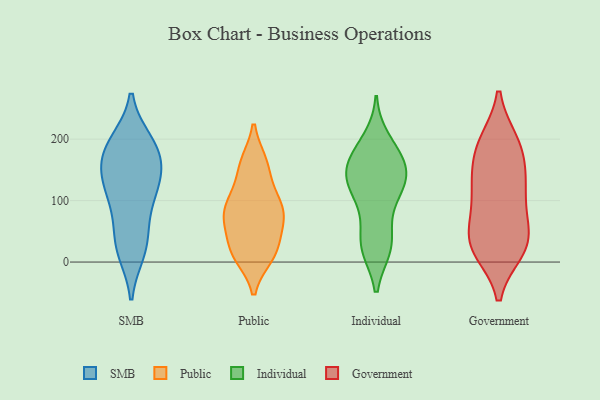
{"axis": {"x": "Conversion Rate (%)", "y": "Value"}, "legend": ["Government", "Individual", "Public", "SMB"], "data": [{"x": "", "y": 118, "type": "SMB"}, {"x": "", "y": 18, "type": "SMB"}, {"x": "", "y": 148, "type": "SMB"}, {"x": "", "y": 119, "type": "SMB"}, {"x": "", "y": 154, "type": "SMB"}, {"x": "", "y": 26, "type": "SMB"}, {"x": "", "y": 191, "type": "SMB"}, {"x": "", "y": 29, "type": "SMB"}, {"x": "", "y": 69, "type": "SMB"}, {"x": "", "y": 144, "type": "SMB"}, {"x": "", "y": 101, "type": "SMB"}, {"x": "", "y": 186, "type": "SMB"}, {"x": "", "y": 183, "type": "SMB"}, {"x": "", "y": 195, "type": "SMB"}, {"x": "", "y": 10, "type": "Public"}, {"x": "", "y": 14, "type": "Public"}, {"x": "", "y": 19, "type": "Public"}, {"x": "", "y": 117, "type": "Public"}, {"x": "", "y": 69, "type": "Public"}, {"x": "", "y": 90, "type": "Public"}, {"x": "", "y": 77, "type": "Public"}, {"x": "", "y": 87, "type": "Public"}, {"x": "", "y": 160, "type": "Public"}, {"x": "", "y": 75, "type": "Public"}, {"x": "", "y": 52, "type": "Public"}, {"x": "", "y": 75, "type": "Public"}, {"x": "", "y": 161, "type": "Public"}, {"x": "", "y": 23, "type": "Public"}, {"x": "", "y": 12, "type": "Public"}, {"x": "", "y": 160, "type": "Public"}, {"x": "", "y": 111, "type": "Public"}, {"x": "", "y": 25, "type": "Individual"}, {"x": "", "y": 119, "type": "Individual"}, {"x": "", "y": 33, "type": "Individual"}, {"x": "", "y": 165, "type": "Individual"}, {"x": "", "y": 78, "type": "Individual"}, {"x": "", "y": 112, "type": "Individual"}, {"x": "", "y": 172, "type": "Individual"}, {"x": "", "y": 138, "type": "Individual"}, {"x": "", "y": 182, "type": "Individual"}, {"x": "", "y": 198, "type": "Individual"}, {"x": "", "y": 131, "type": "Individual"}, {"x": "", "y": 154, "type": "Individual"}, {"x": "", "y": 24, "type": "Individual"}, {"x": "", "y": 147, "type": "Individual"}, {"x": "", "y": 126, "type": "Individual"}, {"x": "", "y": 25, "type": "Individual"}, {"x": "", "y": 139, "type": "Government"}, {"x": "", "y": 130, "type": "Government"}, {"x": "", "y": 193, "type": "Government"}, {"x": "", "y": 90, "type": "Government"}, {"x": "", "y": 165, "type": "Government"}, {"x": "", "y": 122, "type": "Government"}, {"x": "", "y": 33, "type": "Government"}, {"x": "", "y": 41, "type": "Government"}, {"x": "", "y": 195, "type": "Government"}, {"x": "", "y": 20, "type": "Government"}, {"x": "", "y": 21, "type": "Government"}, {"x": "", "y": 47, "type": "Government"}, {"x": "", "y": 25, "type": "Government"}, {"x": "", "y": 94, "type": "Government"}, {"x": "", "y": 193, "type": "Government"}]}